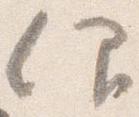
仰